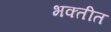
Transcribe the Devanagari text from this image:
भक्तीत